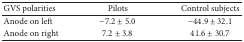
<table><thead><tr><td><b>GVS polarities</b></td><td><b>Pilots</b></td><td><b>Control subjects</b></td></tr></thead><tbody><tr><td>Anode on left</td><td>−7.2 ± 5.0</td><td>−44.9 ± 32.1</td></tr><tr><td>Anode on right</td><td>7.2 ± 3.8</td><td>41.6 ± 30.7</td></tr></tbody></table>